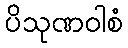
ပိသုဏဝါစံ